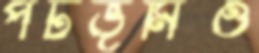
পটভূমিও